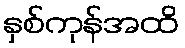
နှစ်ကုန်အထိ